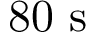
8 0 ~ \mathrm { s }